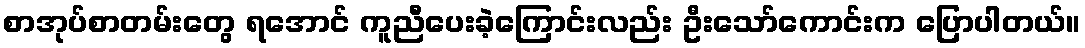
စာအုပ်စာတမ်းတွေ ရအောင် ကူညီပေးခဲ့ကြောင်းလည်း ဦးသော်ကောင်းက ပြောပါတယ်။